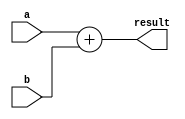
// Grupo 5
// Nomes:
// Thaylor Hugo - 13684425 
// Felipe Soria - 13864287
// Alejandro Larrea - 13791522  

// ULA em complemento de 2
module somador (
    input [7:0] a,
    input [7:0] b,
    output [7:0] result
);

assign result = a + b;

endmodule